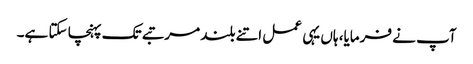
آپ نے فرمایا، ہاں یہی عمل اتنے بلند مرتبے تک پہنچا سکتا ہے۔